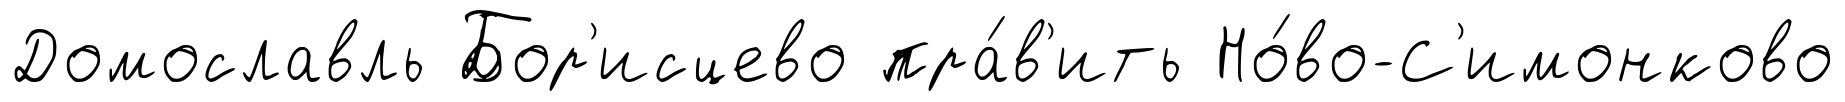
Домославль Бор'исцево пра́в'ить Но́во-С'имонково